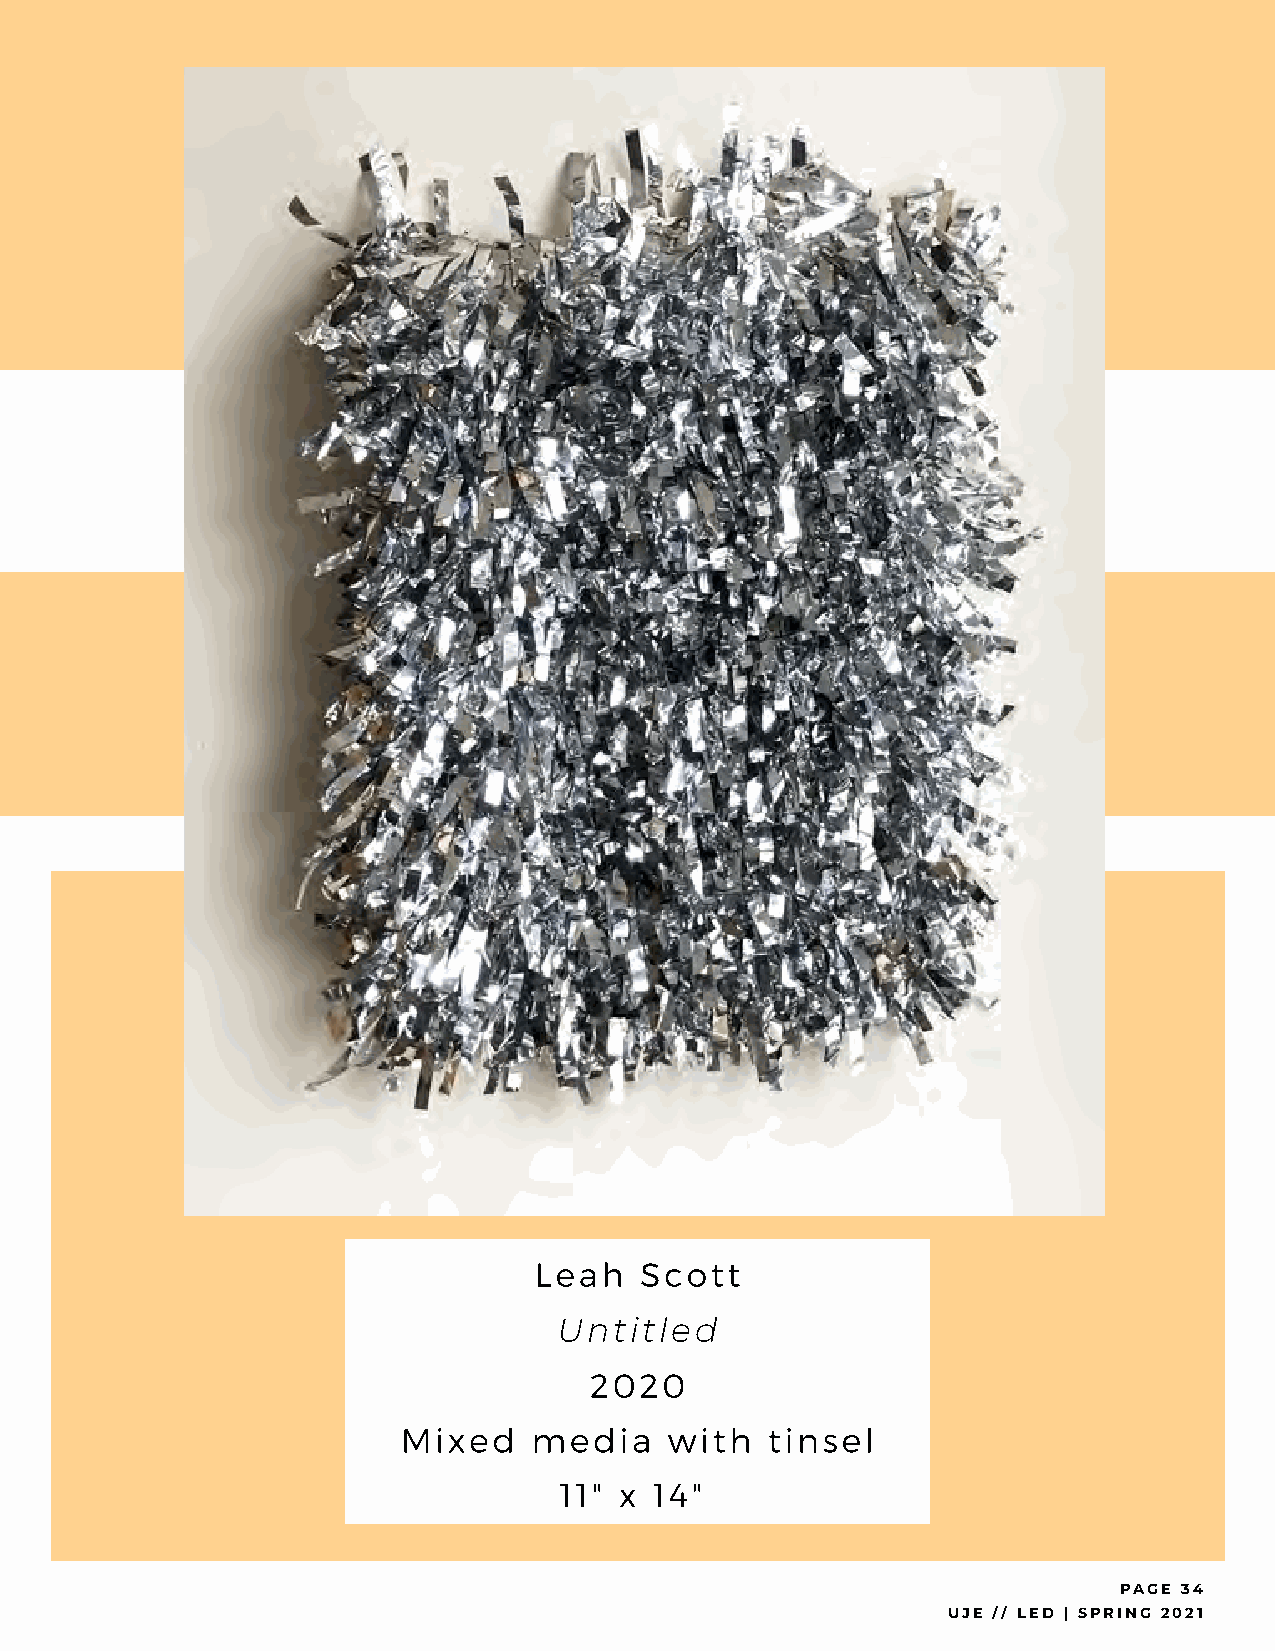
Leah   Scott
 Untitled
 2020
 Mixed   media    with   tinsel
 11" x 14"
 PAGE 34
 UJE // LED | SPRING 2021